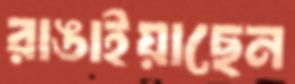
রাঙাইয়াছেন